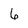
Character: 6